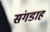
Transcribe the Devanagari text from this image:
संगडाह